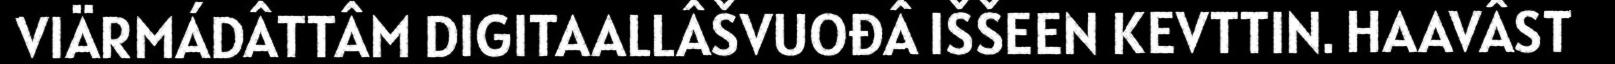
VIÄRMÁDÂTTÂM DIGITAALLÂŠVUOĐÂ IŠŠEEN KEVTTIN. HAAVÂST